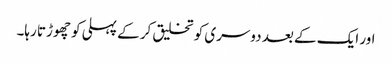
اور ایک کے بعد دوسری کو تخلیق کر کے پہلی کو چھوڑتا رہا۔